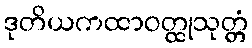
ဒုတိယကထာဝတ္ထုသုတ္တံ